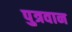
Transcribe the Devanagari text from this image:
पुत्रवान